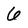
Character: 6